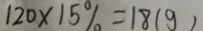
1 2 0 \times 1 5 \% = 1 8 ( g )